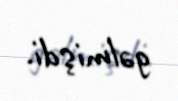
gəlmişdi.